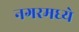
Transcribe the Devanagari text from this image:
नगरमध्ये